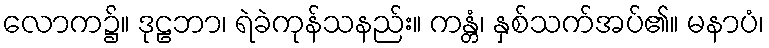
လောက၌။ ဒုဠဘာ၊ ရဲခဲကုန်သနည်း။ ကန္တံ၊ နှစ်သက်အပ်၏။ မနာပံ၊